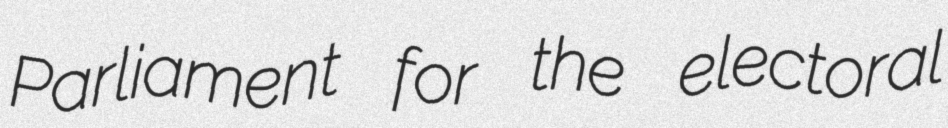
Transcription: Parliament for the electoral